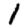
Digit: 1